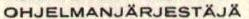
OHJELMANJÄRJESTÄJÄ